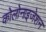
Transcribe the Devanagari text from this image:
कोलोनाइजेशन